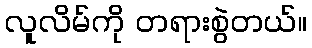
လူလိမ်ကို တရားစွဲတယ်။